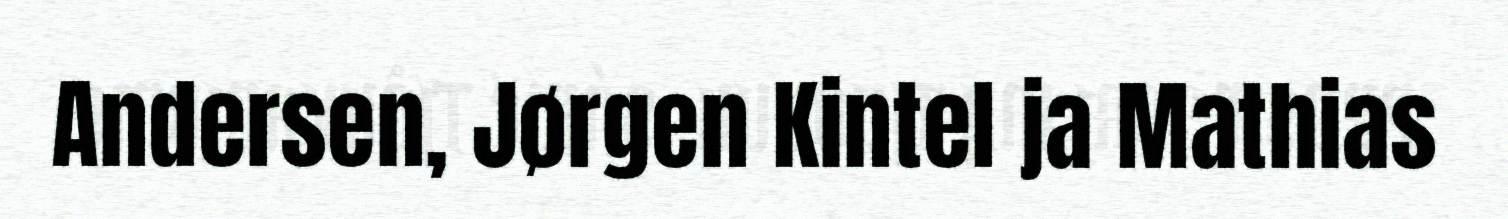
Andersen, Jørgen Kintel ja Mathias